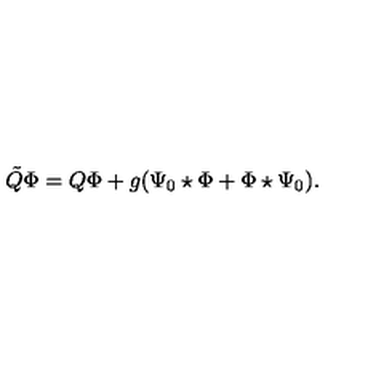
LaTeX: \tilde { Q } \Phi = Q \Phi + g ( \Psi _ { 0 } \star \Phi + \Phi \star \Psi _ { 0 } ) .